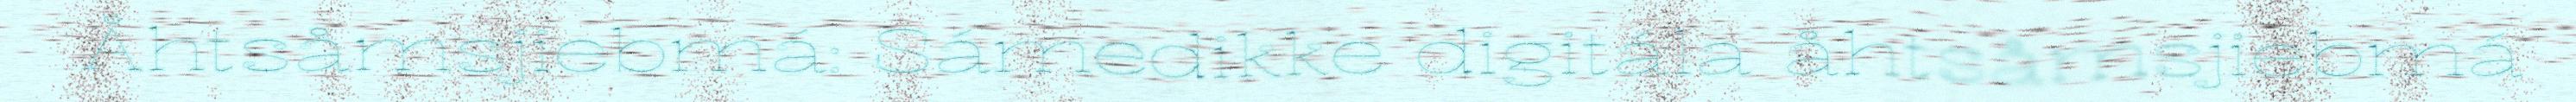
Åhtsåmsjiebmá: Sámedikke digitála åhtsåmsjiebmá